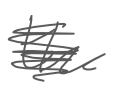
Text: the
Cross-out: scratch
Writing tool: digital_gray